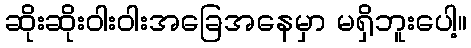
ဆိုးဆိုးဝါးဝါးအခြေအနေမှာ မရှိဘူးပေါ့။